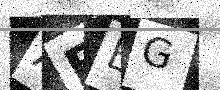
Text: ABBG